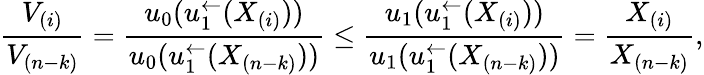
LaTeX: \frac{V_{(i)}}{V_{(n-k)}}=\frac{u_{0}(u_{1}^{\leftarrow}(X_{(i)}))}{u_{0}(u_{1}^{\leftarrow}(X_{(n-k)}))}\le\frac{u_{1}(u_{1}^{\leftarrow}(X_{(i)}))}{u_{1}(u_{1}^{\leftarrow}(X_{(n-k)}))}=\frac{X_{(i)}}{X_{(n-k)}},